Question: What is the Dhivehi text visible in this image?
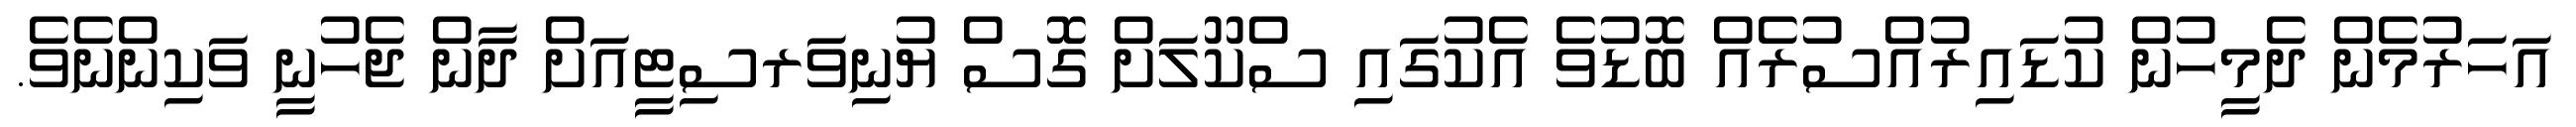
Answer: އަހަރުމެން ދެމީހުން ކުޑައިރުއްސުރެއް ބޮޑުވެ އެކުގައި ސްކޫލަށް ގޮސް ޔުނިވަރސިޓީއަށް ދާން ޖެހުނީ ވަކިންނެވެ.